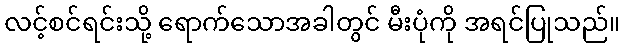
လင့်စင်ရင်းသို့ ရောက်သောအခါတွင် မီးပုံကို အရင်ပြုသည်။